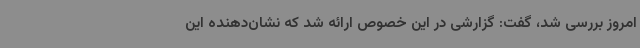
امروز بررسی شد، گفت: گزارشی در این خصوص ارائه شد که نشان‌دهنده این